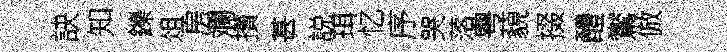
訣知鑠俎房斕攅甚説珥忆序哭落粤藐掇醴鸑倣